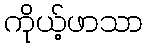
ကိုယ့်ဖာသာ